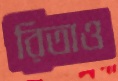
রিতাও